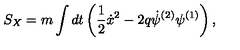
S _ { X } = m \int d t \left( \frac { 1 } { 2 } { \dot { x } ^ { 2 } } - 2 q \dot { \psi } ^ { ( 2 ) } \psi ^ { ( 1 ) } \right) ,